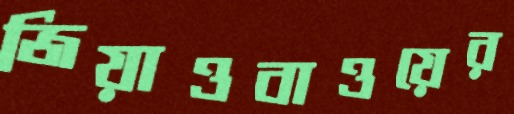
জিয়াওবাওয়ের